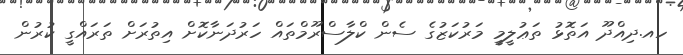
ހއ.ދިއްދޫ އަތޮޅު ތަޢުލީމީ މަރުކަޒުގެ ސެން ކްލާސްރޫމްތައް ހަރުދަނާކޮށް އިތުރަށް ތަރައްގީ ކުރުން